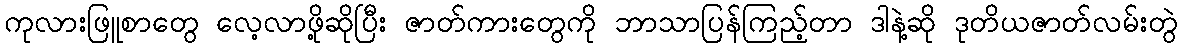
ကုလားဖြူစာတွေ လေ့လာဖို့ဆိုပြီး ဇာတ်ကားတွေကို ဘာသာပြန်ကြည့်တာ ဒါနဲ့ဆို ဒုတိယဇာတ်လမ်းတွဲ